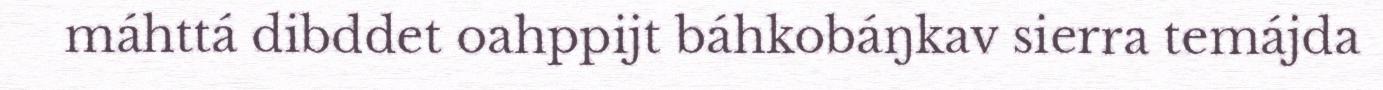
máhttá dibddet oahppijt báhkobáŋkav sierra temájda